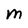
Character: M